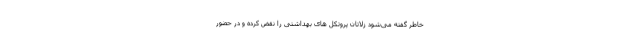
خاطر گفته می‌شود زلاتان پروتکل های بهداشتی را نقض کرده و در حضور